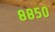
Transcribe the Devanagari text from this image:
८८५०